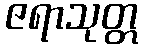
ဇရာသုတ္တ